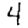
Digit: 4